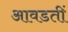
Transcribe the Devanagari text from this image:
आवडतीं